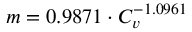
m = 0 . 9 8 7 1 \cdot C _ { v } ^ { - 1 . 0 9 6 1 }